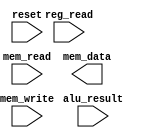
`timescale 1ns / 1ps
//////////////////////////////////////////////////////////////////////////////////
// Company: 
// Engineer: 
// 
// Design Name: 
// Module Name: memory
// Project Name: 
// Target Devices: 
// Tool Versions: 
// Description: 
// 
// Dependencies: 
// 
// Revision:
// Revision 0.01 - File Created
// Additional Comments:
// 
//////////////////////////////////////////////////////////////////////////////////


module memory(reset, alu_result, reg_read, mem_write, mem_read, mem_data);

input [0:0] reset;
input [31:0] alu_result;
input [0:0] reg_read;
input [0:0] mem_write;
input [0:0] mem_read;
output [31:0] mem_data;



endmodule